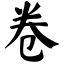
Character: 卷